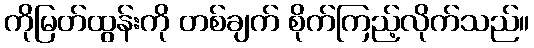
ကိုမြတ်ထွန်းကို တစ်ချက် စိုက်ကြည့်လိုက်သည်။